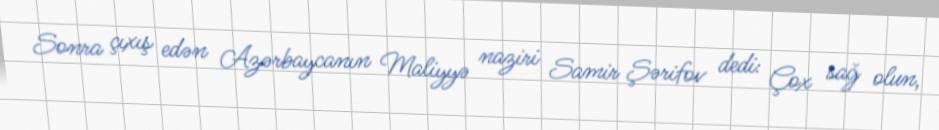
Sonra çıxış edən Azərbaycanın Maliyyə naziri Samir Şərifov dedi: Çox sağ olun,